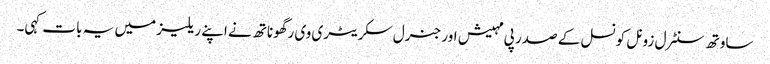
ساوتھ سنٹرل زونل کونسل کے صدر پی مہیش اور جنرل سکریٹری وی رگھوناتھ نے اپنے ریلیز میں یہ بات کہی۔